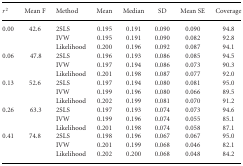
| r2 | Mean F | Method | Mean | Median | SD | Mean SE | Coverage |
 | --- | --- | --- | --- | --- | --- | --- | --- |
 | 0.00 | 42.6 | 2SLS | 0.195 | 0.191 | 0.090 | 0.090 | 94.8 |
 |  |  | IVW | 0.195 | 0.191 | 0.090 | 0.082 | 92.8 |
 |  |  | Likelihood | 0.200 | 0.196 | 0.092 | 0.087 | 94.1 |
 | 0.06 | 47.8 | 2SLS | 0.196 | 0.193 | 0.086 | 0.085 | 94.5 |
 |  |  | IVW | 0.197 | 0.194 | 0.086 | 0.073 | 90.3 |
 |  |  | Likelihood | 0.201 | 0.198 | 0.087 | 0.077 | 92.0 |
 | 0.13 | 52.6 | 2SLS | 0.197 | 0.194 | 0.080 | 0.081 | 95.0 |
 |  |  | IVW | 0.199 | 0.196 | 0.080 | 0.066 | 89.5 |
 |  |  | Likelihood | 0.202 | 0.199 | 0.081 | 0.070 | 91.2 |
 | 0.26 | 63.3 | 2SLS | 0.197 | 0.193 | 0.074 | 0.073 | 94.6 |
 |  |  | IVW | 0.199 | 0.196 | 0.074 | 0.055 | 85.1 |
 |  |  | Likelihood | 0.201 | 0.198 | 0.074 | 0.058 | 87.1 |
 | 0.41 | 74.8 | 2SLS | 0.198 | 0.196 | 0.067 | 0.067 | 95.0 |
 |  |  | IVW | 0.201 | 0.199 | 0.068 | 0.046 | 82.1 |
 |  |  | Likelihood | 0.202 | 0.200 | 0.068 | 0.048 | 84.2 |